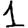
Digit: 1